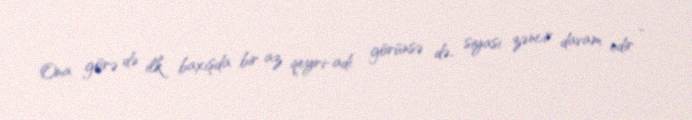
Ona görə də ilk baxışda bir az qeyri-adi görünsə də, siyasi zəncir davam edir -